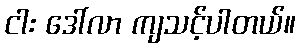
ငါး ဒေါ်လာ ကျသင့်ပါတယ်။